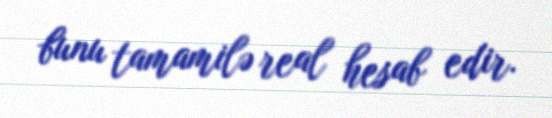
bunu tamamilə real hesab edir.